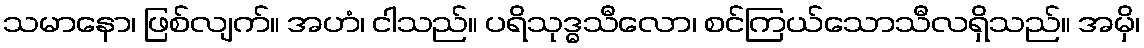
သမာနော၊ ဖြစ်လျက်။ အဟံ၊ ငါသည်။ ပရိသုဒ္ဓသီလော၊ စင်ကြယ်သောသီလရှိသည်။ အမှိ၊